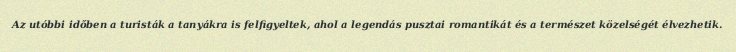
Az utóbbi időben a turisták a tanyákra is felfigyeltek, ahol a legendás pusztai romantikát és a természet közelségét élvezhetik.